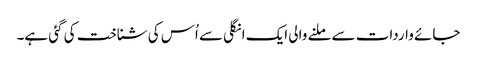
جائے واردات سے ملنے والی ایک انگلی سے اُس کی شناخت کی گئی ہے۔